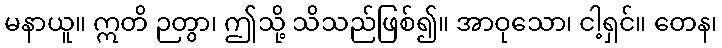
မနာယူ။ ဣတိ ဉတွာ၊ ဤသို့ သိသည်ဖြစ်၍။ အာဝုသော၊ ငါ့ရှင်။ တေန၊